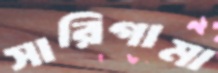
সারিগামা